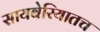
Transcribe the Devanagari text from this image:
सायबेरियातच